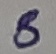
Text: 8